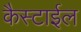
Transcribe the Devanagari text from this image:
कैस्टाईल